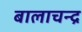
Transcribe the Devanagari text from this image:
बालाचन्द्र